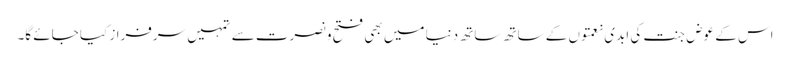
اس کے عوض جنت کی ابدی نعمتوں کے ساتھ ساتھ دنیا میں بھی فتح و نصرت سے تمہیں سرفراز کیا جائے گا۔